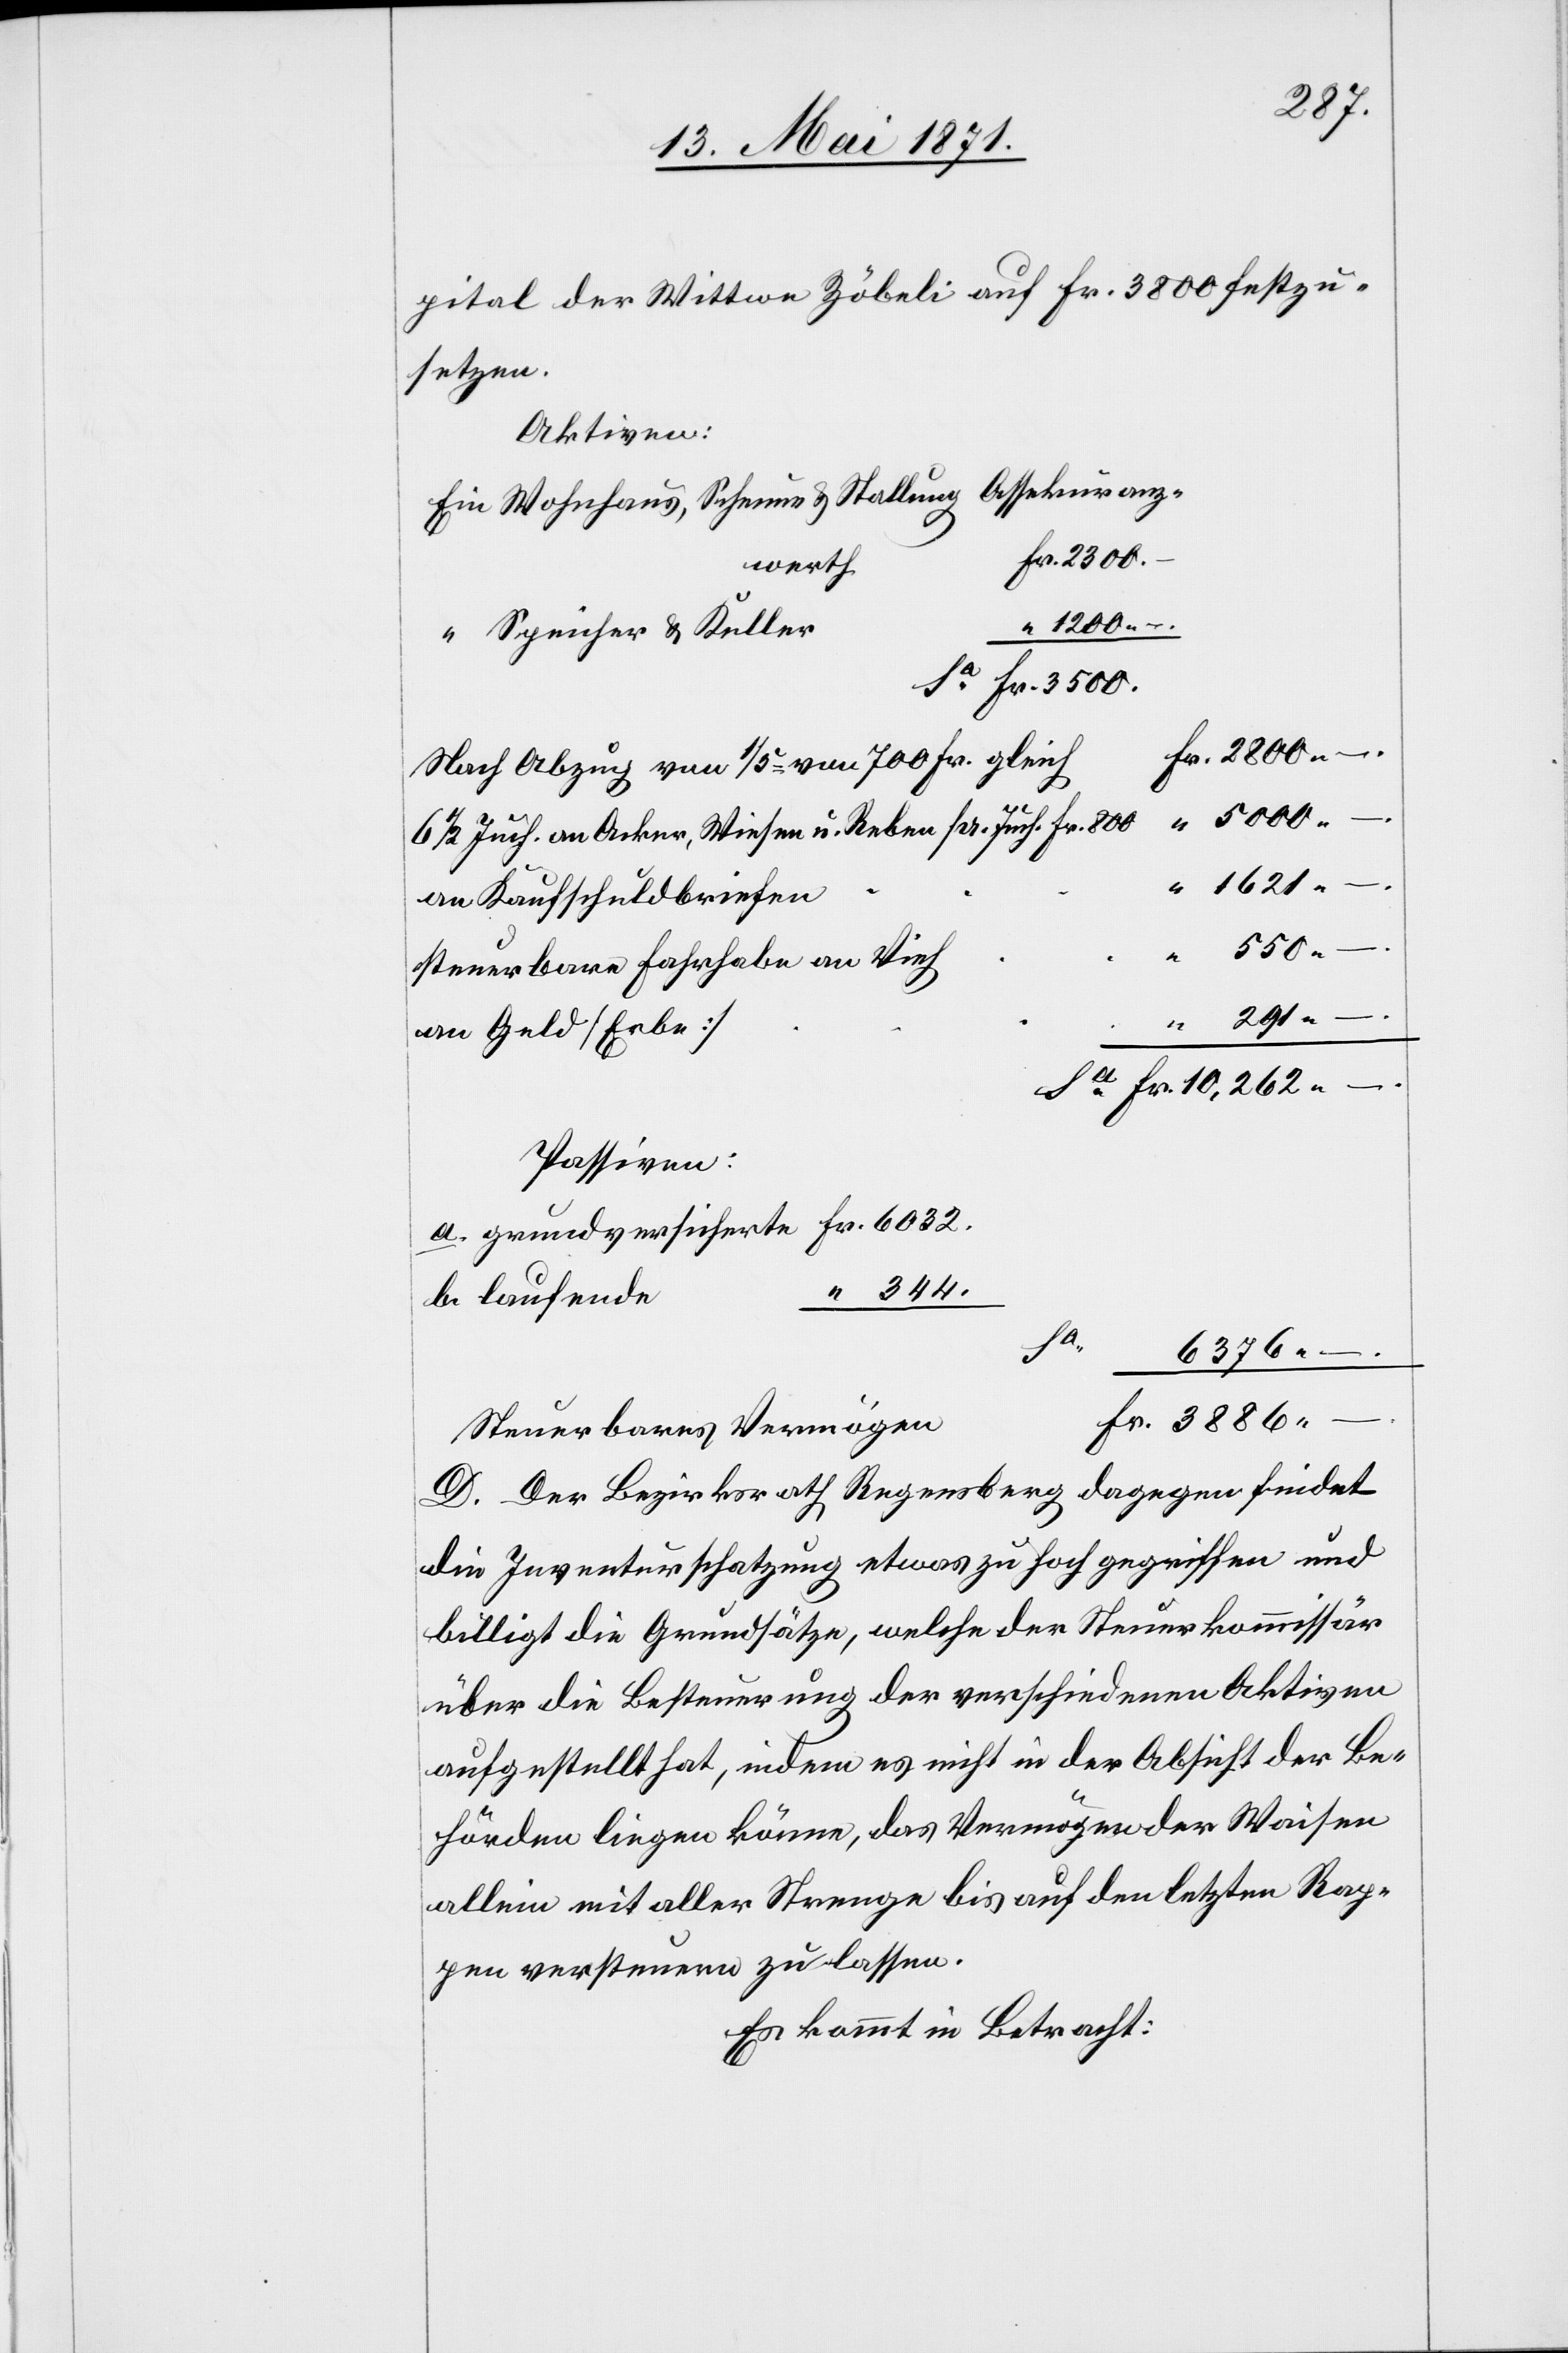
pital der Wittwe Zöbeli auf Fr. 3800 festzu¬
setzen.
Aktiven:
Ein Wohnhaus, Scheune u. Stallung Assekuranz¬
werth
2800.–.
“ Speicher u. Keller
Nach Abzug von 1/5 = von 700 Fr. gleich
550.–.
5000.–.
6 1/2 Juch. an Acker, Wiesen u. Reben pr. Juch. Fr. 800
an Kaufschuldbriefen
steuerbare Fahrhabe an Vieh
291.–.
Sa.
an Geld [Erbe]
Passiven:
a. grundversicherte Fr. 6032.
“ 344.
b. laufende
Sa.
6376.–.
Steuerbares Vermögen
D. Der Bezirksrath Regensberg dagegen findet
die Inventarschatzung etwas zu hoch gegriffen und
billigt die Grundsätze, welche der Steuerkommissär
über die Besteuerung der verschiedenen Aktiven
aufgestellt hat, indem es nicht in der Absicht der Be¬
hörden liegen könne, das Vermögen der Waisen
allein mit aller Strenge bis auf den letzten Rap¬
pen versteuern zu lassen.
Es kommt in Betracht: